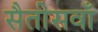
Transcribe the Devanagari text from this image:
सैतीसवाँ